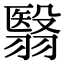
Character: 翳